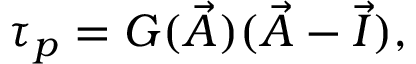
\boldsymbol { \tau } _ { p } = G ( \vec { A } ) ( \vec { A } - \vec { I } ) ,